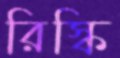
রিস্কি